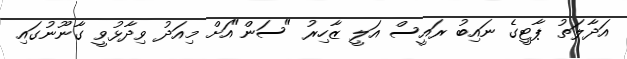
އަދާލަތު ޕާޓީގެ ނައިބު ރައީސް އަލީ ޒާހިރު "ސަން"އަށް މިއަދު ވިދާޅުވީ ގާނޫނުގައި